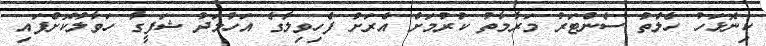
ކިނޮޅަހު ހެލްތު ސެންޓަރު މަރާމާތު ކުރުމަށް އެރަށު ފެހިވިލާގެ އަހުމަދު ޝަފީގާ ހަވާލުކޮށްފައި